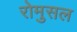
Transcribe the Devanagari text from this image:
रोमुसल